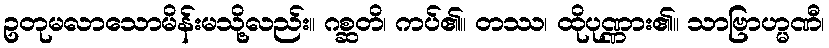
ဥတုမလာသောမိန်းမသို့လည်း။ ဂစ္ဆတိ၊ ကပ်၏။ တဿ၊ ထိုပုဏ္ဏား၏။ သာဗြာဟ္မဏီ၊